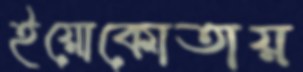
ইয়োকোতায়